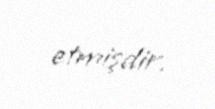
etmişdir.